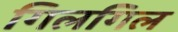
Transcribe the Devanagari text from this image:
गिलगिल